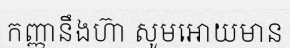
កញ្ញានឹងហ៊ា សូមអោយមាន